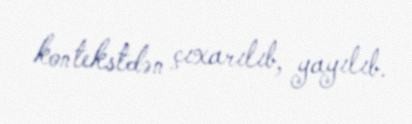
kontekstdən çıxarılıb, yayılıb.